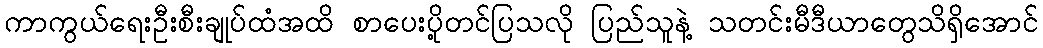
ကာကွယ်ရေးဦးစီးချုပ်ထံအထိ စာပေးပို့တင်ပြသလို ပြည်သူနဲ့ သတင်းမီဒီယာတွေသိရှိအောင်